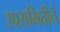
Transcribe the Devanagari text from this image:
उपसमितीने